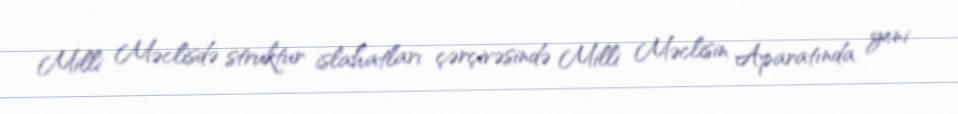
Milli Məclisdə struktur islahatları çərçivəsində Milli Məclisin Aparatında yeni